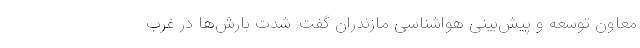
معاون توسعه و پیش‌بینی هواشناسی مازندران گفت: شدت بارش‌ها در غرب